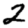
Digit: 2